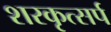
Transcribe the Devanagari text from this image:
शरकृत्‍सर्प